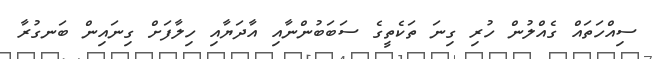
ސިއްހަތައް ގެއްލުން ހުރި ގިނަ ތަކެތީގެ ސަބަބުންނާއި އާދަޔާއި ހިލާފަށް ގިނައިން ބަނގުރާ